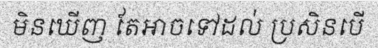
មិនឃើញ តែអាចទៅដល់ ប្រសិនបើ